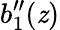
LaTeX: b_{1}^{\prime\prime}(\mathit{z})